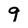
Character: 9